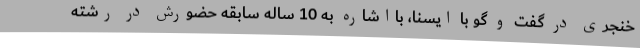
خنجری در گفت و گو با ایسنا، بااشاره به 10 ساله سابقه حضورش در رشته